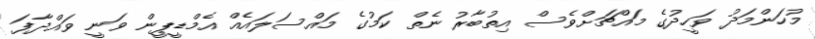
މުހަންމަދު ވަހީދުގެ މައްޗަށްވެސް އިތުބާރު ނެތް ކަމުގެ މައްސަލައެއް އެމްޑީޕީން ވަނީ ވައްދާފަ